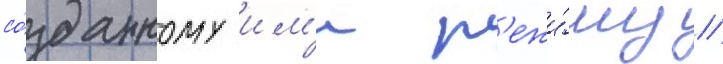
со́зданному им'и р'ежи́му //